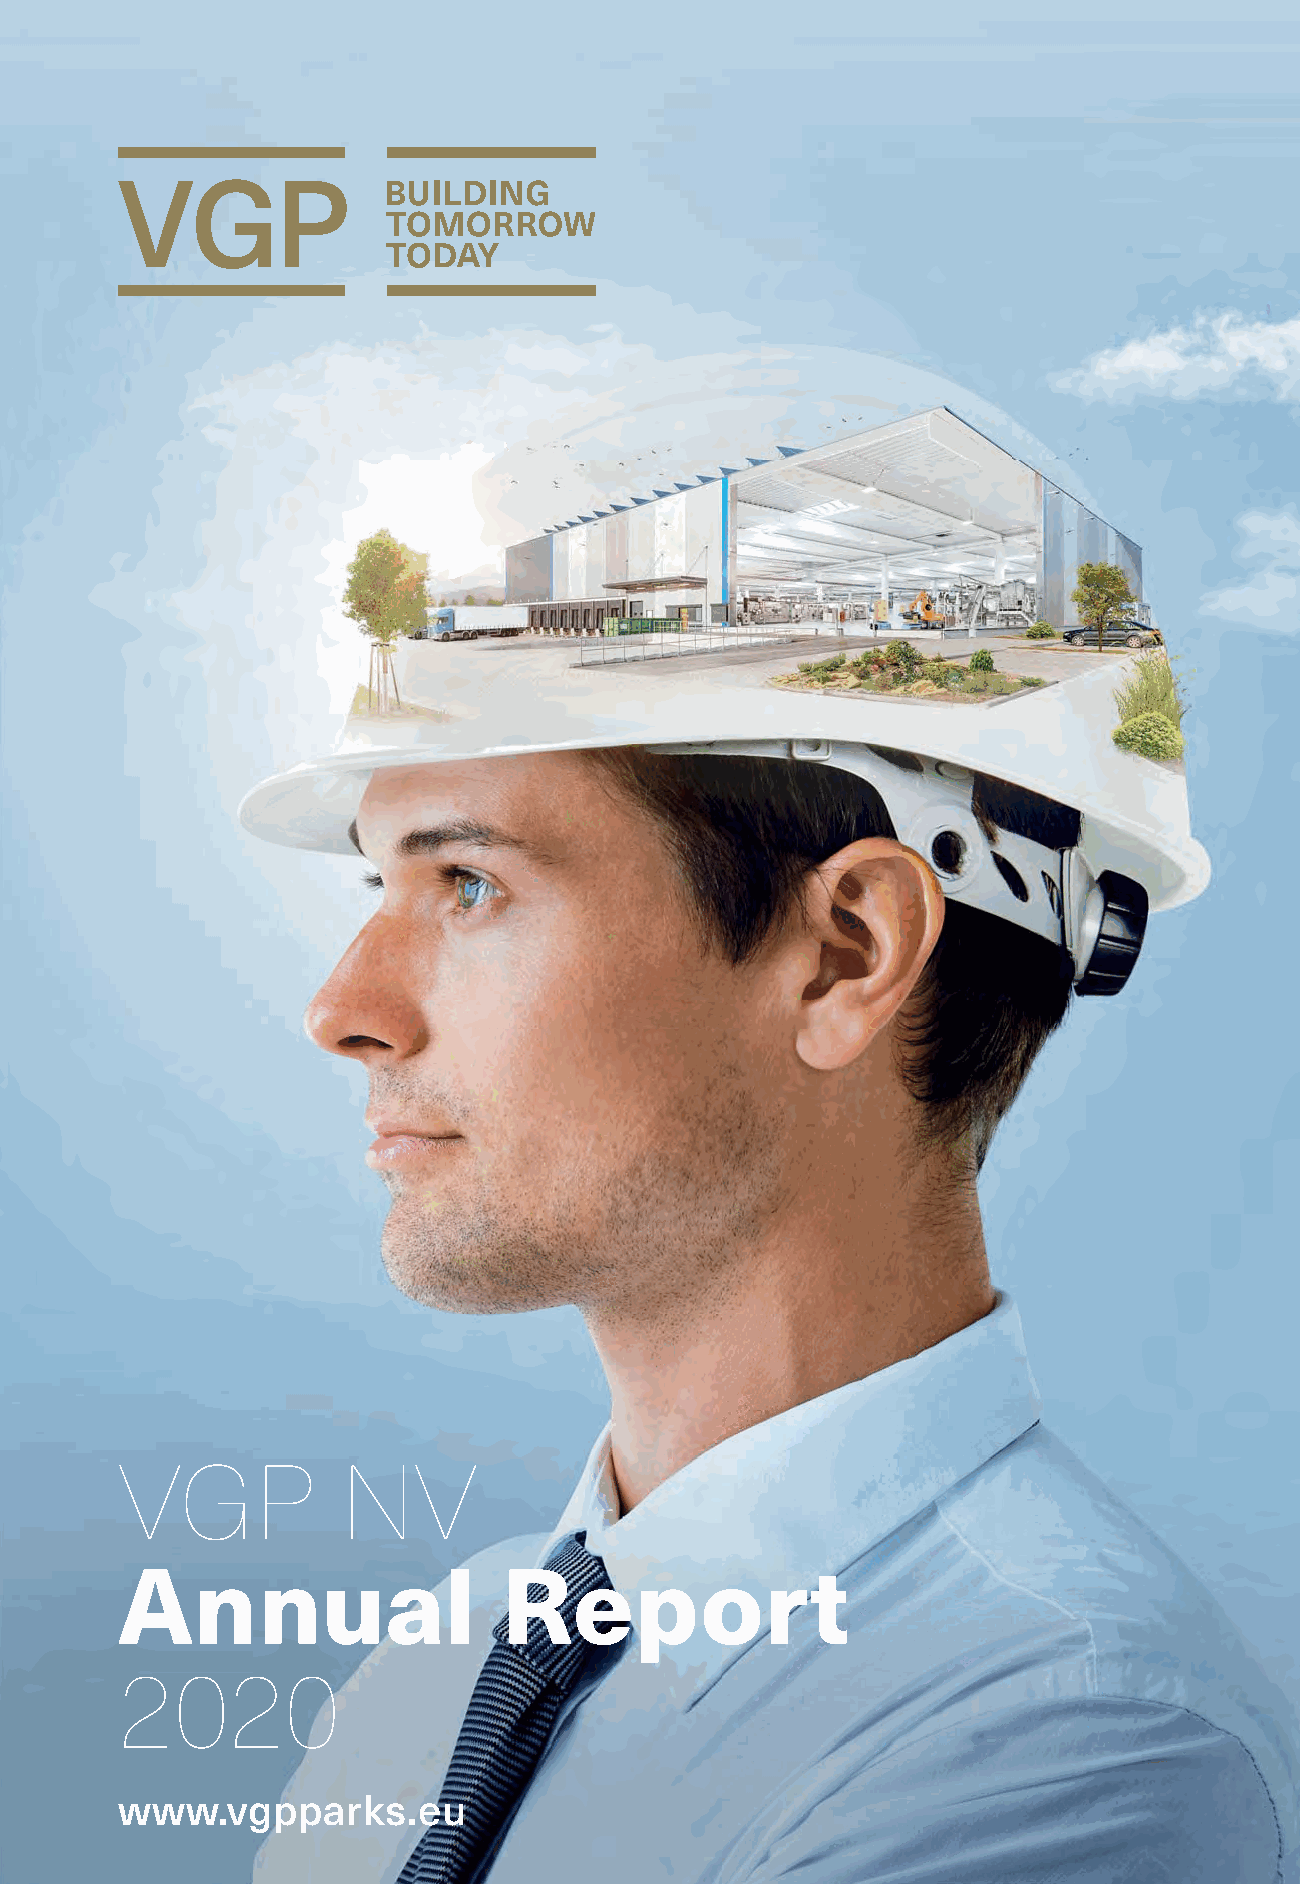
VGP            NV
 Annual                   Report
 2020
 www.vgpparks.eu